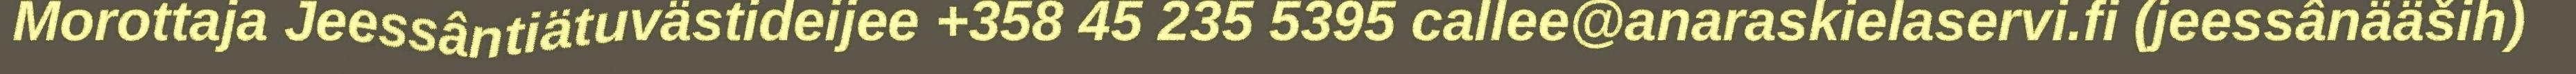
Morottaja Jeessântiätuvästideijee +358 45 235 5395 callee@anaraskielaservi.fi (jeessânääših)